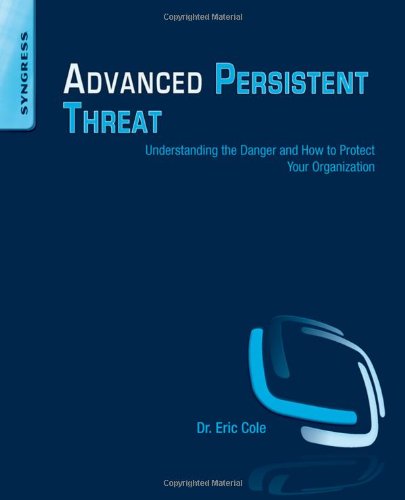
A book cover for Advanced Persistent Threat: Understanding the Danger and How to Protect Your Organization; Eric Cole; Computers & Technology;